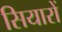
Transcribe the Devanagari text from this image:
सियारों